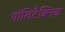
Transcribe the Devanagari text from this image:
पॉलिटैक्निक